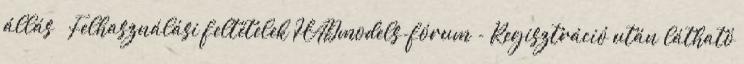
állás » Felhasználási feltételek HADmodels-fórum - Regisztráció után látható